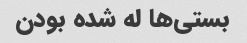
بستی‌ها له شده بودن